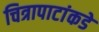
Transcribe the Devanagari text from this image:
चित्रापाटांकडे